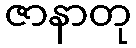
ဇာနာတု